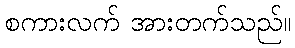
စကားလက် အားတက်သည်။